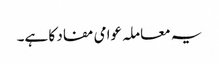
یہ معاملہ عوامی مفاد کا ہے۔